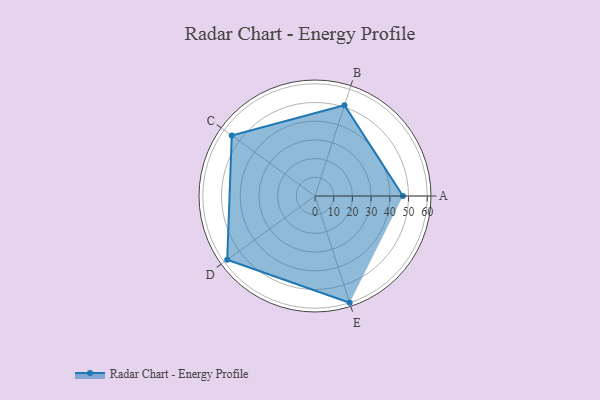
{"axis": {"x": "Skill", "y": "Score"}, "legend": ["Profile"], "data": [{"x": "A", "y": 47.0, "type": "Profile"}, {"x": "B", "y": 51.0, "type": "Profile"}, {"x": "C", "y": 55.0, "type": "Profile"}, {"x": "D", "y": 58.0, "type": "Profile"}, {"x": "E", "y": 60.0, "type": "Profile"}]}